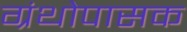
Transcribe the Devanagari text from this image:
ग्रंथोपासक